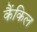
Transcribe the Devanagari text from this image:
कैंकिल